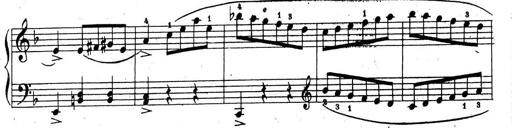
Title: 10 Sonatinas
Composer: Fritz Spindler